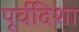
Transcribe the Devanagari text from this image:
पूर्वदिशा